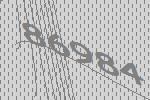
86984